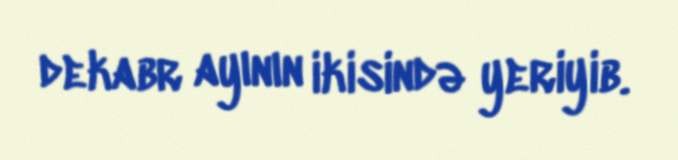
dekabr ayının ikisində yeriyib.